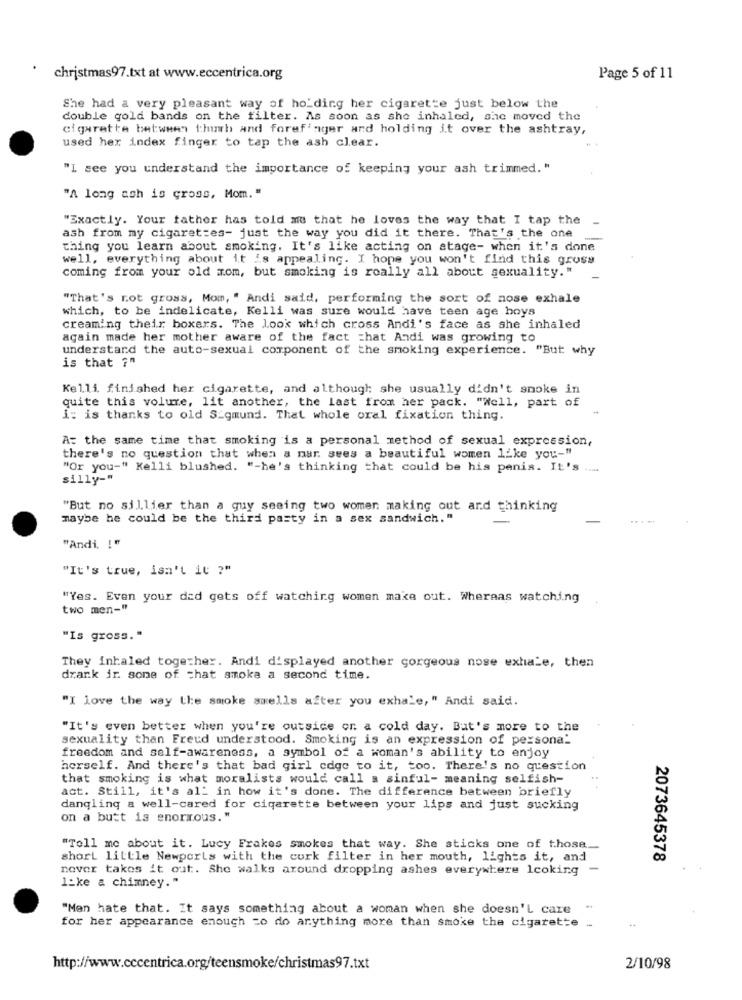
christmas97.txt at www.eccentrica.org
Page 5 of 11
She had a very pleasant way of holding her cigarette just below the
double gold bands on the filter. As soon as she inhaled, she moved the
cigarette between thumb and forefinger and holding it over the ashtray,
used her index finger to tap the ash clear.
"I see you understand the importance of keeping your ash trimmed. "
"A long ash is cross, Mom. "
"Exactly. Your father has told me that he loves the way that I tap the -
ash from my cigarettes- just the way you did it there. That's the one
thing you learn about smoking. It's like acting on stage- when it's done
well, everything about it is appealing. I hope you won't find this gross
coming from your old mom, but smoking is really all about sexuality."
"That's rot gross, Mom, " Andi said, performing the sort of nose exhale
which, to be indelicate, Kelli was sure would have teen age hoys
creaming their boxers. The look which cross Andi's face as she inhaled
again made her mother aware of the fact that Andi was growing to
understand the auto-sexual component of the smoking experience. "But why
is that ?"
Kelli finished her cigarette, and although she usually didn't smoke in
quite this volure, lit another, the Last from her pack. "Well, part of
i: is thanks to old S_gmund. That whole oral fixation thing.
A: the same time that smoking is a personal method of sexual expression,
there's no question that when a mar sees a beautiful women like you-"
"Or you-" Kelli blushed. "-he's thinking that could be his penis. It's ....
silly-
"But no sillier than a guy seeing two women making out and thinking
maybe he could be the third party in a sex sandwich."
"Andi. ! "
"It's true, isn't it ?"
"Yes. Even your dad gets off watching women make out. Whereas watching
two men-"
"Is gross."
They inhaled together. Andi displayed another gorgeous nose exhale, then
drank ir sone of chat smoka a second time.
"I love the way the smoke smells after you exhale," Andi said.
"It's even better when you're outside on a cold day. But's more to the
sexuality than Freud understood. Smoking is an expression of personal
freedom and self-awareness, a symbol of a woman's ability to enjoy
herself. And there's that bad girl edge to it, too. There's no question
that smoking is what moralists would call a sinful- meaning selfish-
act. Still, it's all in how it's done. The difference between briefly
dangling a well-cared for cigarette between your lips and just sucking
on a butt is enormous."
"Tell me about it. Lucy Frakes smokes that way. She sticks one of those_
short little Newports with the cork filter in her mouth, lights it, and
2073645378
nover takes it out. She walks around dropping ashes everywhere Icoking -
1_ke a chimney."
"Men hate that. It says something about a woman when she doesn'L care
for her appearance enough =o do anything more than smoke the cigarette .
http://www.cccentrica.org/teensmoke/christmas97.txt
2/10/98